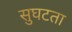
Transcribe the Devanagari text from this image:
सुघटता